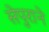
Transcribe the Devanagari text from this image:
सेपुराने